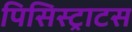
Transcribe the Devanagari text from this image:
पिसिस्ट्राटस